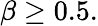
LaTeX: \beta\ge 0.5.